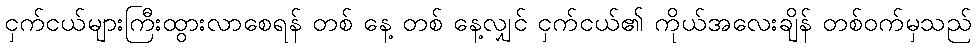
ငှက်ငယ်များကြီးထွားလာစေရန် တစ် နေ့ တစ် နေ့လျှင် ငှက်ငယ်၏ ကိုယ်အလေးချိန် တစ်ဝက်မှသည်